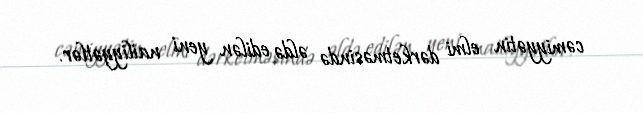
cəmiyyətin elmi dərketməsində əldə edilən yeni nailiyyətlər.